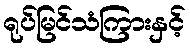
ရုပ်မြင်သံကြားနှင့်